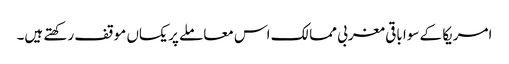
امریکا کے سوا باقی مغربی ممالک اس معاملے پر یکساں موقف رکھتے ہیں۔